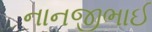
નાનજીભાઈ